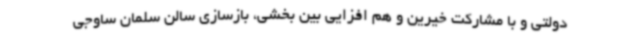
دولتی و با مشارکت خیرین و هم افزایی بین بخشی، بازسازی سالن سلمان ساوجی